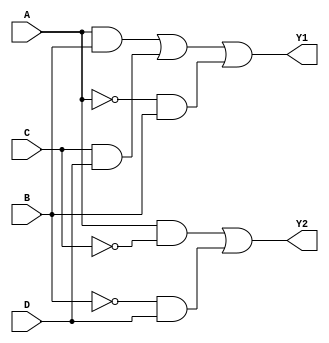
module combinational_logic (
    input wire A,        // Input variable A
    input wire B,        // Input variable B
    input wire C,        // Input variable C
    input wire D,        // Input variable D
    output wire Y1,      // Output variable Y1
    output wire Y2       // Output variable Y2
);

// Level 1: Initial Logic Expression
wire notA = ~A; // NOT gate for A
wire notB = ~B; // NOT gate for B
wire notC = ~C; // NOT gate for C
wire notD = ~D; // NOT gate for D

// Intermediate signals for simplification
wire and1 = A & B;     // AND gate for A and B
wire and2 = C & D;     // AND gate for C and D
wire and3 = notA & C;  // AND gate for NOT A and C

// Level 2: First Simplification
// Example simplified logic expressions
wire or1 = and1 | and2; // OR gate for (A AND B) OR (C AND D)

// Level 3: Factorization
wire shared_subexpr = notA & B; // Common sub-expression for later use

// Level 4: Multi-Level Optimization
// Using shared sub-expression in Y1
assign Y1 = or1 | shared_subexpr; // Final expression for Y1

// Different logic for Y2 to demonstrate decomposition
wire temp1 = A & notC;           // A AND NOT C
wire temp2 = notB & D;           // NOT B AND D
assign Y2 = temp1 | temp2;        // Final expression for Y2

endmodule